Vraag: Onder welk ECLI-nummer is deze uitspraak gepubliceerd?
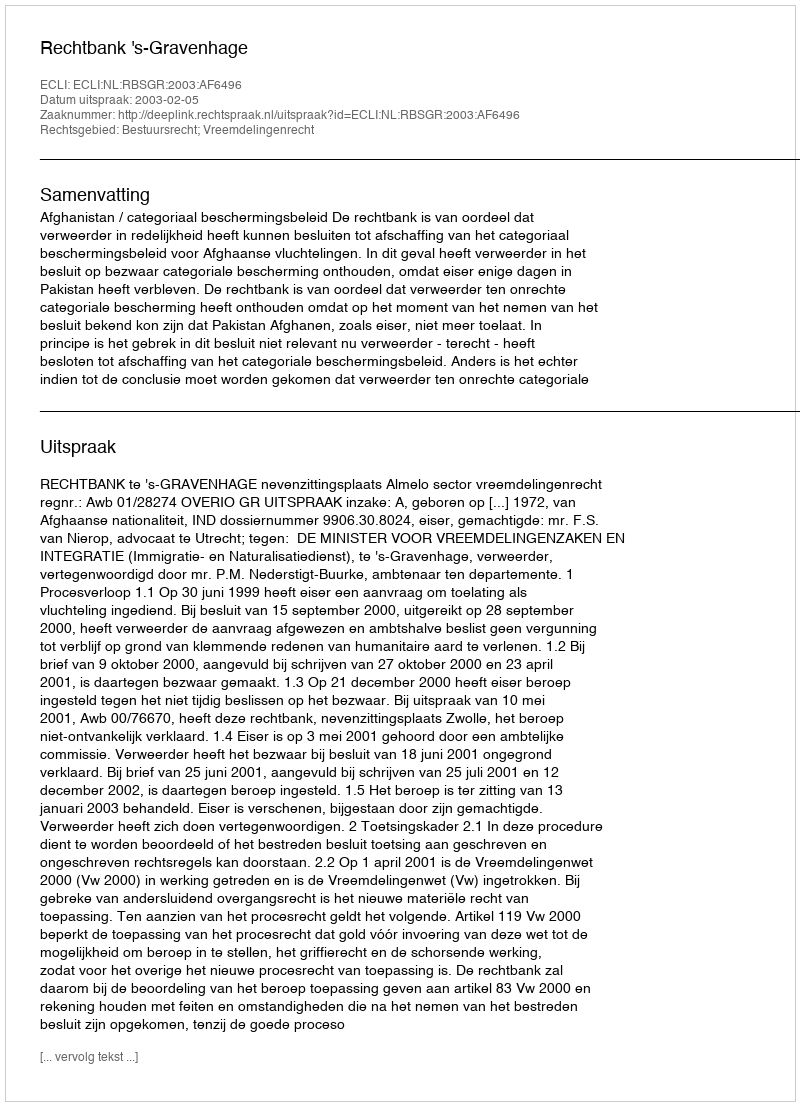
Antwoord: ECLI:NL:RBSGR:2003:AF6496